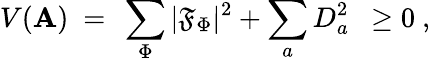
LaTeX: V(\mathbf{A})~=~\sum_{\Phi}|\mathfrak{F}_{\Phi}|^{2}+\sum_{a}D_{a}^{2}~~\geq0\ ,